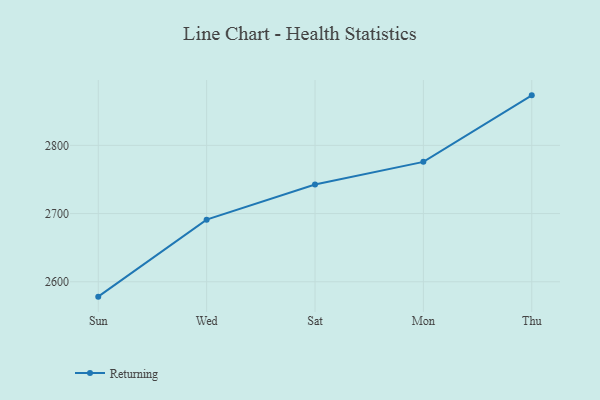
{"axis": {"x": "Day", "y": "Production Output"}, "legend": ["Returning"], "data": [{"x": "Sun", "y": 2578.2, "type": "Returning"}, {"x": "Wed", "y": 2691.1, "type": "Returning"}, {"x": "Sat", "y": 2742.7, "type": "Returning"}, {"x": "Mon", "y": 2775.8, "type": "Returning"}, {"x": "Thu", "y": 2873.3, "type": "Returning"}]}